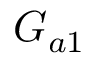
G _ { a 1 }